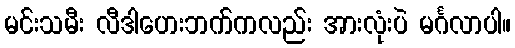
မင်းသမီး လီဒါဟေးဘက်ကလည်း အားလုံးပဲ မင်္ဂလာပါ။